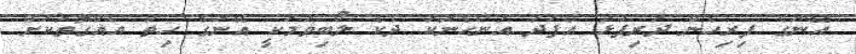
އޭނަގެ ފިރިހެން ދަރިފުޅު އެފަދަ އަންހެނަކު ދެކެ ލޯބިވުމަކީ އޭނަގެ ހިތް އެއްގޮތަކަށް